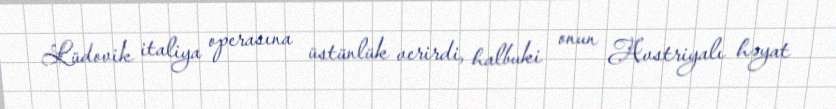
Lüdovik italiya operasına üstünlük verirdi, halbuki onun Avstriyalı həyat